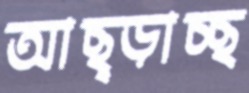
আছ্‌ড়াচ্ছ